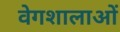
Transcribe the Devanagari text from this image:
वेगशालाओं